Investigations into the jail dietaries of the United Provinces with some observations on the influence of dietary on the physical development and well-being of the people of the United Provinces - Number 48
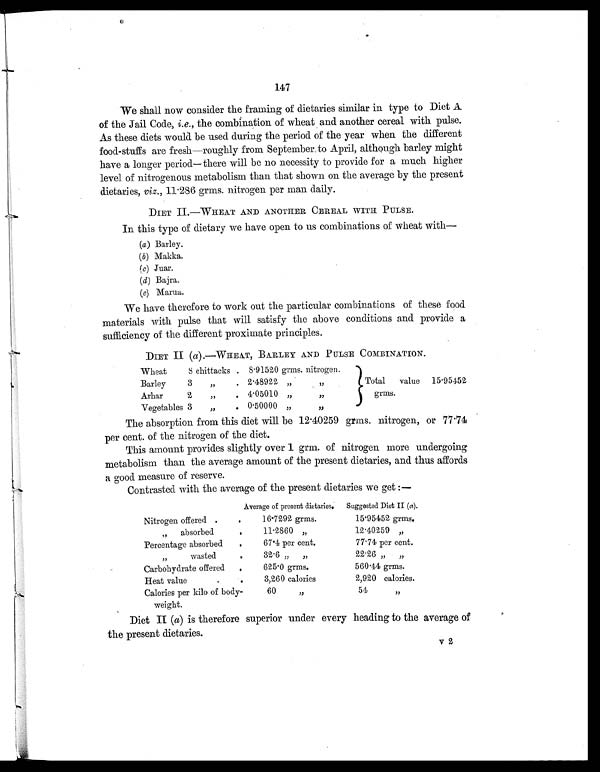
147
We shall now consider the framing of dietaries similar in type to Diet A
of the Jail Code, i.e., the combination of wheat and another cereal with pulse.
As these diets would be used during the period of the year when the different
food-stuffs are fresh—roughly from September to April, although barley might
have a longer period—there will be no necessity to provide for a much higher
level of nitrogenous metabolism than that shown on the average by the present
dietaries, viz., 11.286 grms. nitrogen per man daily.
DIET II.—WHEAT AND ANOTHER CEREAL WITH PULSE.
In this type of dietary we have open to us combinations of wheat with—
(a) Barley.
(b) Makka.
(c) Juar.
(d) Bajra.
(e) Marua.
We have therefore to work out the particular combinations of these food
materials with pulse that will satisfy the above conditions and provide a
sufficiency of the different proximate principles.
DIET II ( a).—WHEAT, BARLEY AND PULSE COMBINATION.
Wheat
8 chittacks . 8.91520 grms. nitrogen.
Total value 15.95452
grms.
Barley
3
„
. 2.48922 „
„
Arhar
2
„ . 4.05010 „
„
Vegetables 3
„
. 0.50000 „
„
The absorption from this diet will be 12.40259 grms. nitrogen, or 77.74
per cent. of the nitrogen of the diet.
This amount provides slightly over 1 grm. of nitrogen more undergoing
metabolism than the average amount of the present dietaries, and thus affords
a good measure of reserve.
Contrasted with the average of the present dietaries we get :—
Average of present dietaries.
Suggested Diet II ( a).
Nitrogen offered .
.
16.7292 grms.
15.95452 grms.
„ a b s o r b e d
.
11.2860 „
12.40259 „
Percentage absorbed
.
67.4 per cent.
77.74 per cent.
„ wasted
.
32.6 „ „
22.26 „ „
Carbohydrate offered
.
625.0 grms.
560.44 grms.
Heat value
.
3,260 calories
2,920 calories.
Calories per kilo of body-
weight.
60 „
54 „
Diet II ( a) is therefore superior under every heading to the average of
the present dietaries.